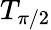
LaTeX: T_{\pi/2}